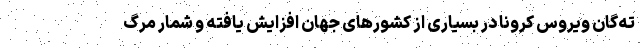
ته‌گان ویروس کرونا در بسیاری از کشورهای جهان افزایش یافته و شمار مرگ